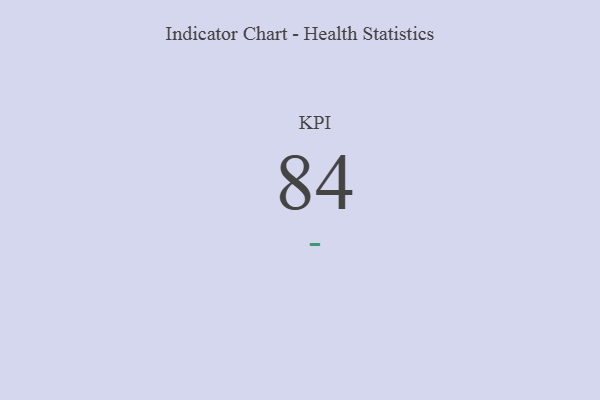
{"axis": {"x": "KPI", "y": "Value"}, "legend": [""], "data": [{"x": "KPI", "y": 84, "type": ""}]}